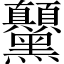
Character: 𲎗